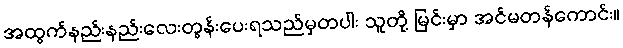
အထွက်နည်းနည်းလေးတွန်းပေးရသည်မှတပါး သူတို့ မြင်းမှာ အင်မတန်ကောင်း။